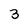
Character: 3